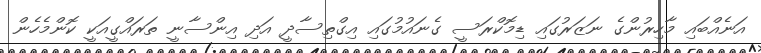
އަނެއްބައި މާހިރުންގެ ނަޒަރުގައި ޑިމޮކްރަސީ ގެނައުމުގައި އިގްތިސާދީ އަދި އިންސާނީ ތަރައްގީއަކީ ކޮންމެހެން